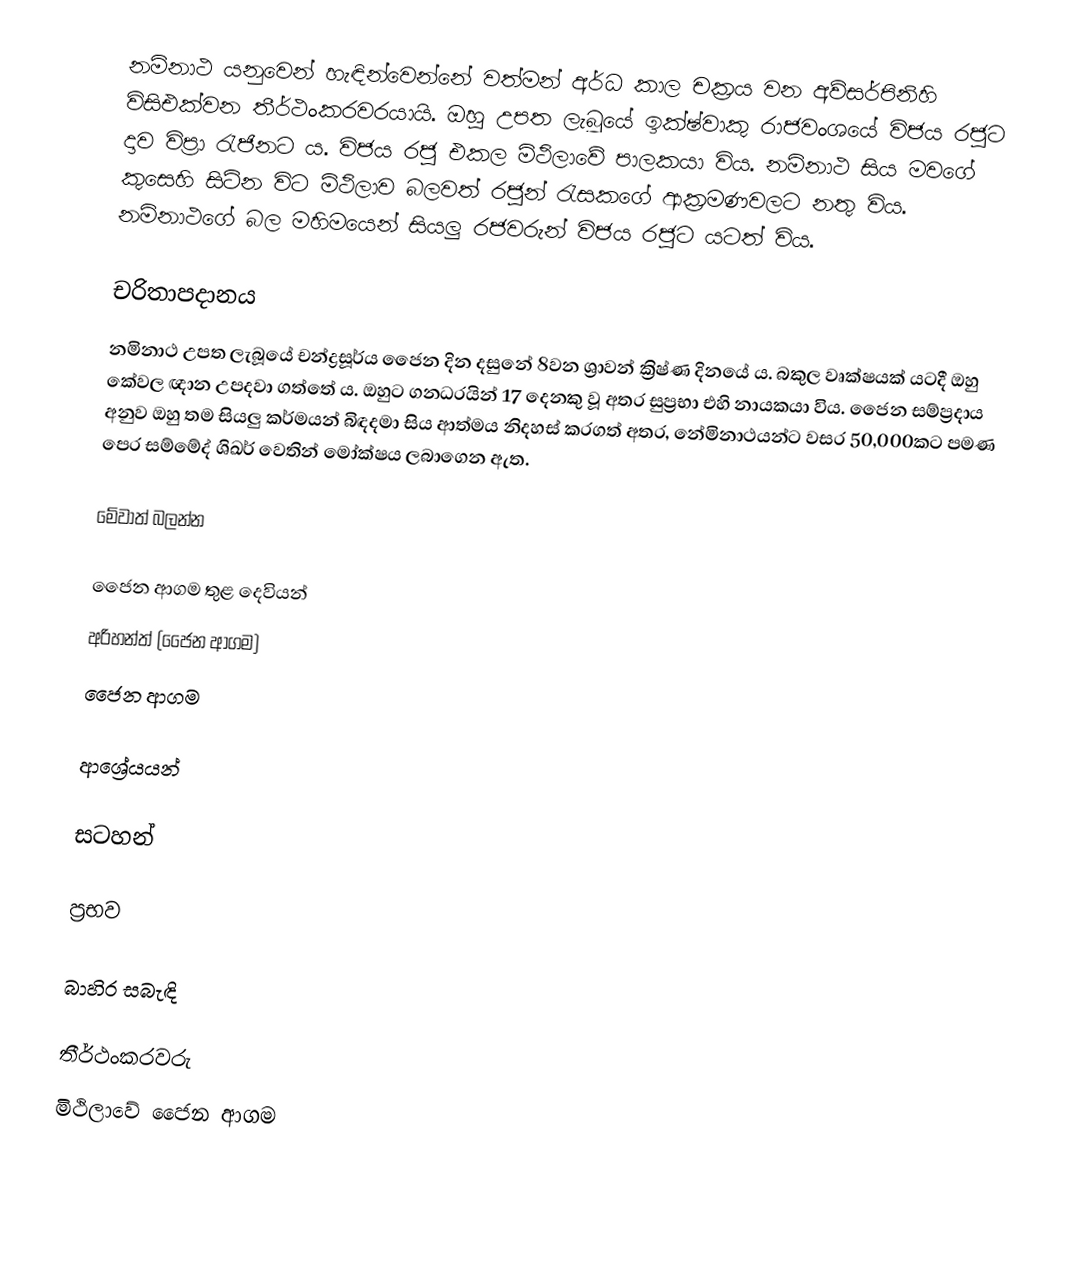
නමිනාථ යනුවෙන් හැඳින්වෙන්නේ වත්මන් අර්ධ කාල චක්‍රය වන අව්සර්පිනිහි විසිඑක්වන තීර්ථංකරවරයායි. ඔහු උපත ලැබූයේ ඉක්ෂ්වාකු රාජවංශයේ විජය රජුට දාව විප්‍රා රැජිනට ය. විජය රජු එකල මිථිලාවේ පාලකයා විය. නමිනාථ සිය මවගේ කුසෙහි සිටින විට මිථිලාව බලවත් රජුන් රැසකගේ ආක්‍රමණවලට නතු විය. නමිනාථගේ බල මහිමයෙන් සියලු රජවරුන් විජය රජුට යටත් විය.

චරිතාපදානය
නමිනාථ උපත ලැබූයේ චන්ද්‍රසූර්ය ජෛන දින දසුනේ 8වන ශ්‍රාවන් ක්‍රිෂ්ණ දිනයේ ය. බකුල වෘක්ෂයක් යටදී ඔහු කේවල ඥාන උපදවා ගත්තේ ය. ඔහුට ගනධරයින් 17 දෙනකු වූ අතර සුප්‍රභා එහි නායකයා විය. ජෛන සම්ප්‍රදාය අනුව ඔහු තම සියලු කර්මයන් බිඳදමා සිය ආත්මය නිදහස් කරගත් අතර, නේමිනාථයන්ට වසර 50,000කට පමණ පෙර සම්මේද් ශිඛර් වෙතින් මෝක්ෂය ලබාගෙන ඇත.

මේවාත් බලන්න

ජෛන ආගම තුළ දෙවියන්
අරිහන්ත් (ජෛන ආගම)
ජෛන ආගම

ආශ්‍රේයයන්

සටහන්

ප්‍රභව

බාහිර සබැඳි

තීර්ථංකරවරු
මිථිලාවේ ජෛන ආගම